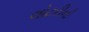
લોટરીની